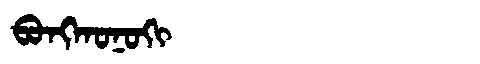
Manchu: ᠪᠣᠩᡴᠣᠨᠣᡴᡳ
Romanization: BONGKONOKI